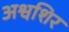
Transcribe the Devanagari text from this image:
अश्वशिर